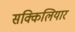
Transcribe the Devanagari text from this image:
सक्किलियार